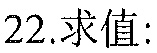
$22.求值:$